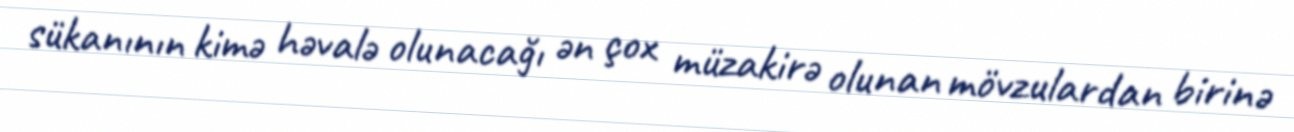
sükanının kimə həvalə olunacağı ən çox müzakirə olunan mövzulardan birinə